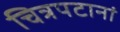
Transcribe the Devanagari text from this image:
चित्रपटानां